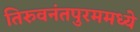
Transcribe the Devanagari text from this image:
तिरुवनंतपुरममध्ये